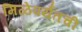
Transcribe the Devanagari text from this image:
मिळेपर्यंतची